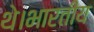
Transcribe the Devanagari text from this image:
थे।भारतीय